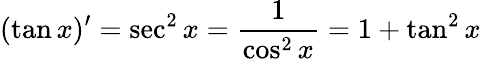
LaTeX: (\tan x)^{\prime}=\sec^{2}x={\frac{1}{\cos^{2}x}}=1+\tan^{2}x